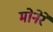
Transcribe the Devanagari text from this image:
मोनेरे